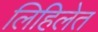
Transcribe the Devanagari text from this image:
लिहिलेत